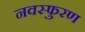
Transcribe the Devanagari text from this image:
नवस्फुरण